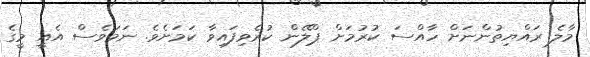
މާލެ ރައްޔިތުންނަށް ހާއްސަ ކުރުމަށް ޕްލޭން ކުރެވިފައިވާ ކަމަށެވެ. ނަމަވެސް އެއީ މީގެ